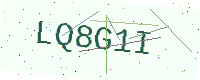
Text: LQ8G1I